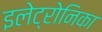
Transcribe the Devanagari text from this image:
इलेट्रोनिका